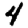
Digit: 4